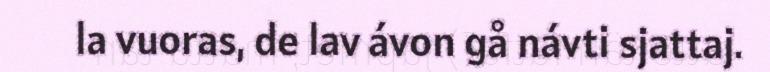
la vuoras, de lav ávon gå návti sjattaj.